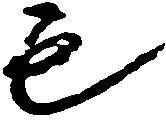
も